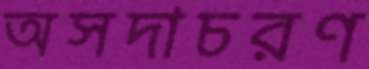
অসদাচরণ